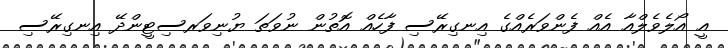
އީ އޯލެވެލްއާ އެއް ފެންވަރެއްގެ އިނގިރޭސި ފާހެއް އޮތުން ނުވަތަ ޔުނިވަރސިޓީންދޭ އިނގިރޭސި